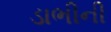
ડાભીની